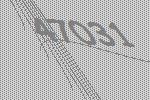
47031